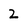
Character: 2